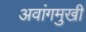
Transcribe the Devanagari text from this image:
अवांगमुखी